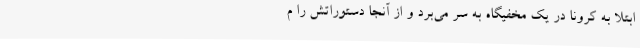
ابتلا به کرونا در یک مخفیگاه به سر می‌برد و از آنجا دستوراتش را م